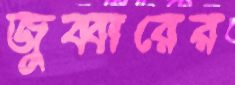
জুব্বারের